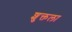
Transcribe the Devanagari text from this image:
शुक्तला